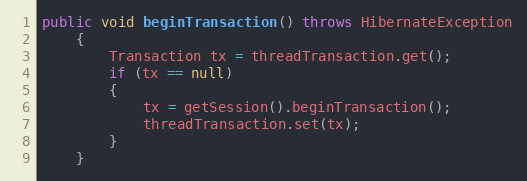
Language: Java
public void beginTransaction() throws HibernateException
    {
        Transaction tx = threadTransaction.get();
        if (tx == null)
        {
            tx = getSession().beginTransaction();
            threadTransaction.set(tx);
        }
    }